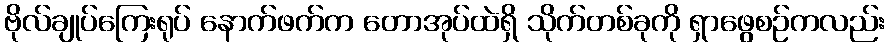
ဗိုလ်ချုပ်ကြေးရုပ် နောက်ဖက်က တောအုပ်ထဲရှိ သိုက်တစ်ခုကို ရှာဖွေစဉ်ကလည်း